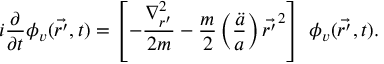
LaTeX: i \frac { \partial } { \partial t } \phi _ { v } ( \vec { r ^ { \prime } } , t ) = \left[ - \frac { { \nabla } _ { r ^ { \prime } } ^ { 2 } } { 2 m } - \frac { m } { 2 } \left( \frac { \ddot { a } } { a } \right) { \vec { r ^ { \prime } } } ^ { 2 } \right] \ \phi _ { v } ( \vec { r ^ { \prime } } , t ) .